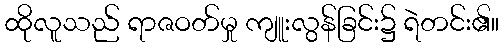
ထိုလူသည် ရာဇဝတ်မှု ကျူးလွန်ခြင်း၌ ရဲတင်း၏။